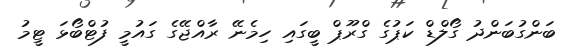
ބަންގުބަންދު ގޯލްޑް ކަޕުގެ ގްރޫޕް ބީގައި ހިމެނޭ ރާއްޖޭގެ ގައުމީ ފުޓްބޯޅަ ޓީމު